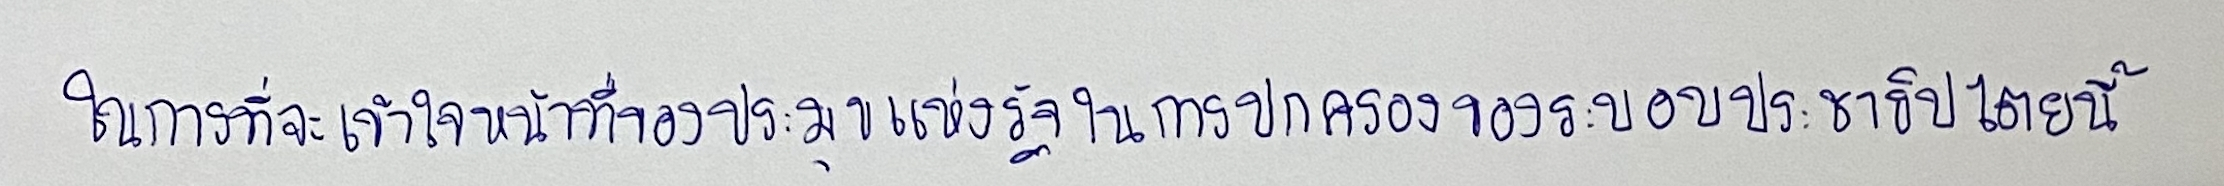
ในการที่จะเข้าใจหน้าที่ของประมุขแห่งรัฐในการปกครองของระบอบประชาธิปไตยนี้